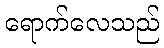
ရောက်လေသည်